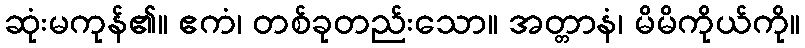
ဆုံးမကုန်၏။ ဧကံ၊ တစ်ခုတည်းသော။ အတ္တာနံ၊ မိမိကိုယ်ကို။